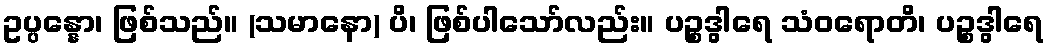
ဥပ္ပန္နော၊ ဖြစ်သည်။ (သမာနော) ပိ၊ ဖြစ်ပါသော်လည်း။ ပဉ္စဒွါရေ သံဝရောတိ၊ ပဉ္စဒွါရေ